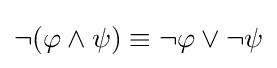
\neg (\varphi \land \psi )\equiv \neg \varphi \vee \neg \psi